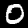
Label: 0